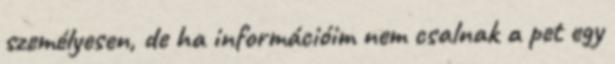
személyesen, de ha információim nem csalnak a pet egy